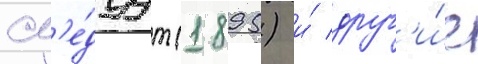
сл'е́дуут (1895) и́ друг'и́е